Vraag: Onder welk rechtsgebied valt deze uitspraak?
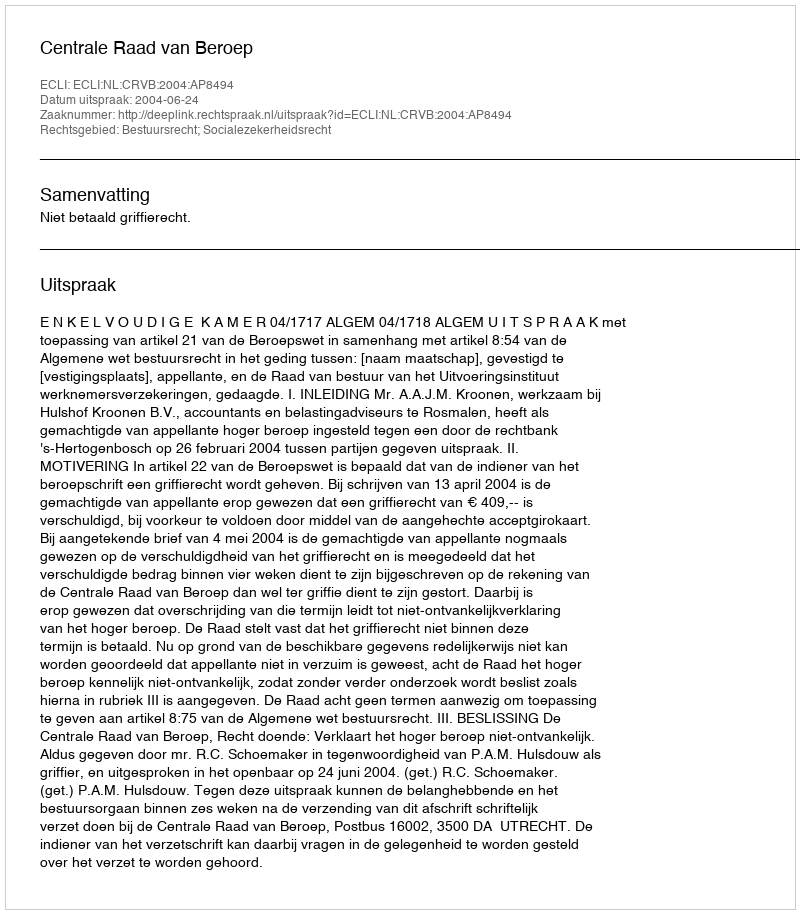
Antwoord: Bestuursrecht; Socialezekerheidsrecht